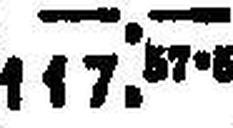
117. 87 6